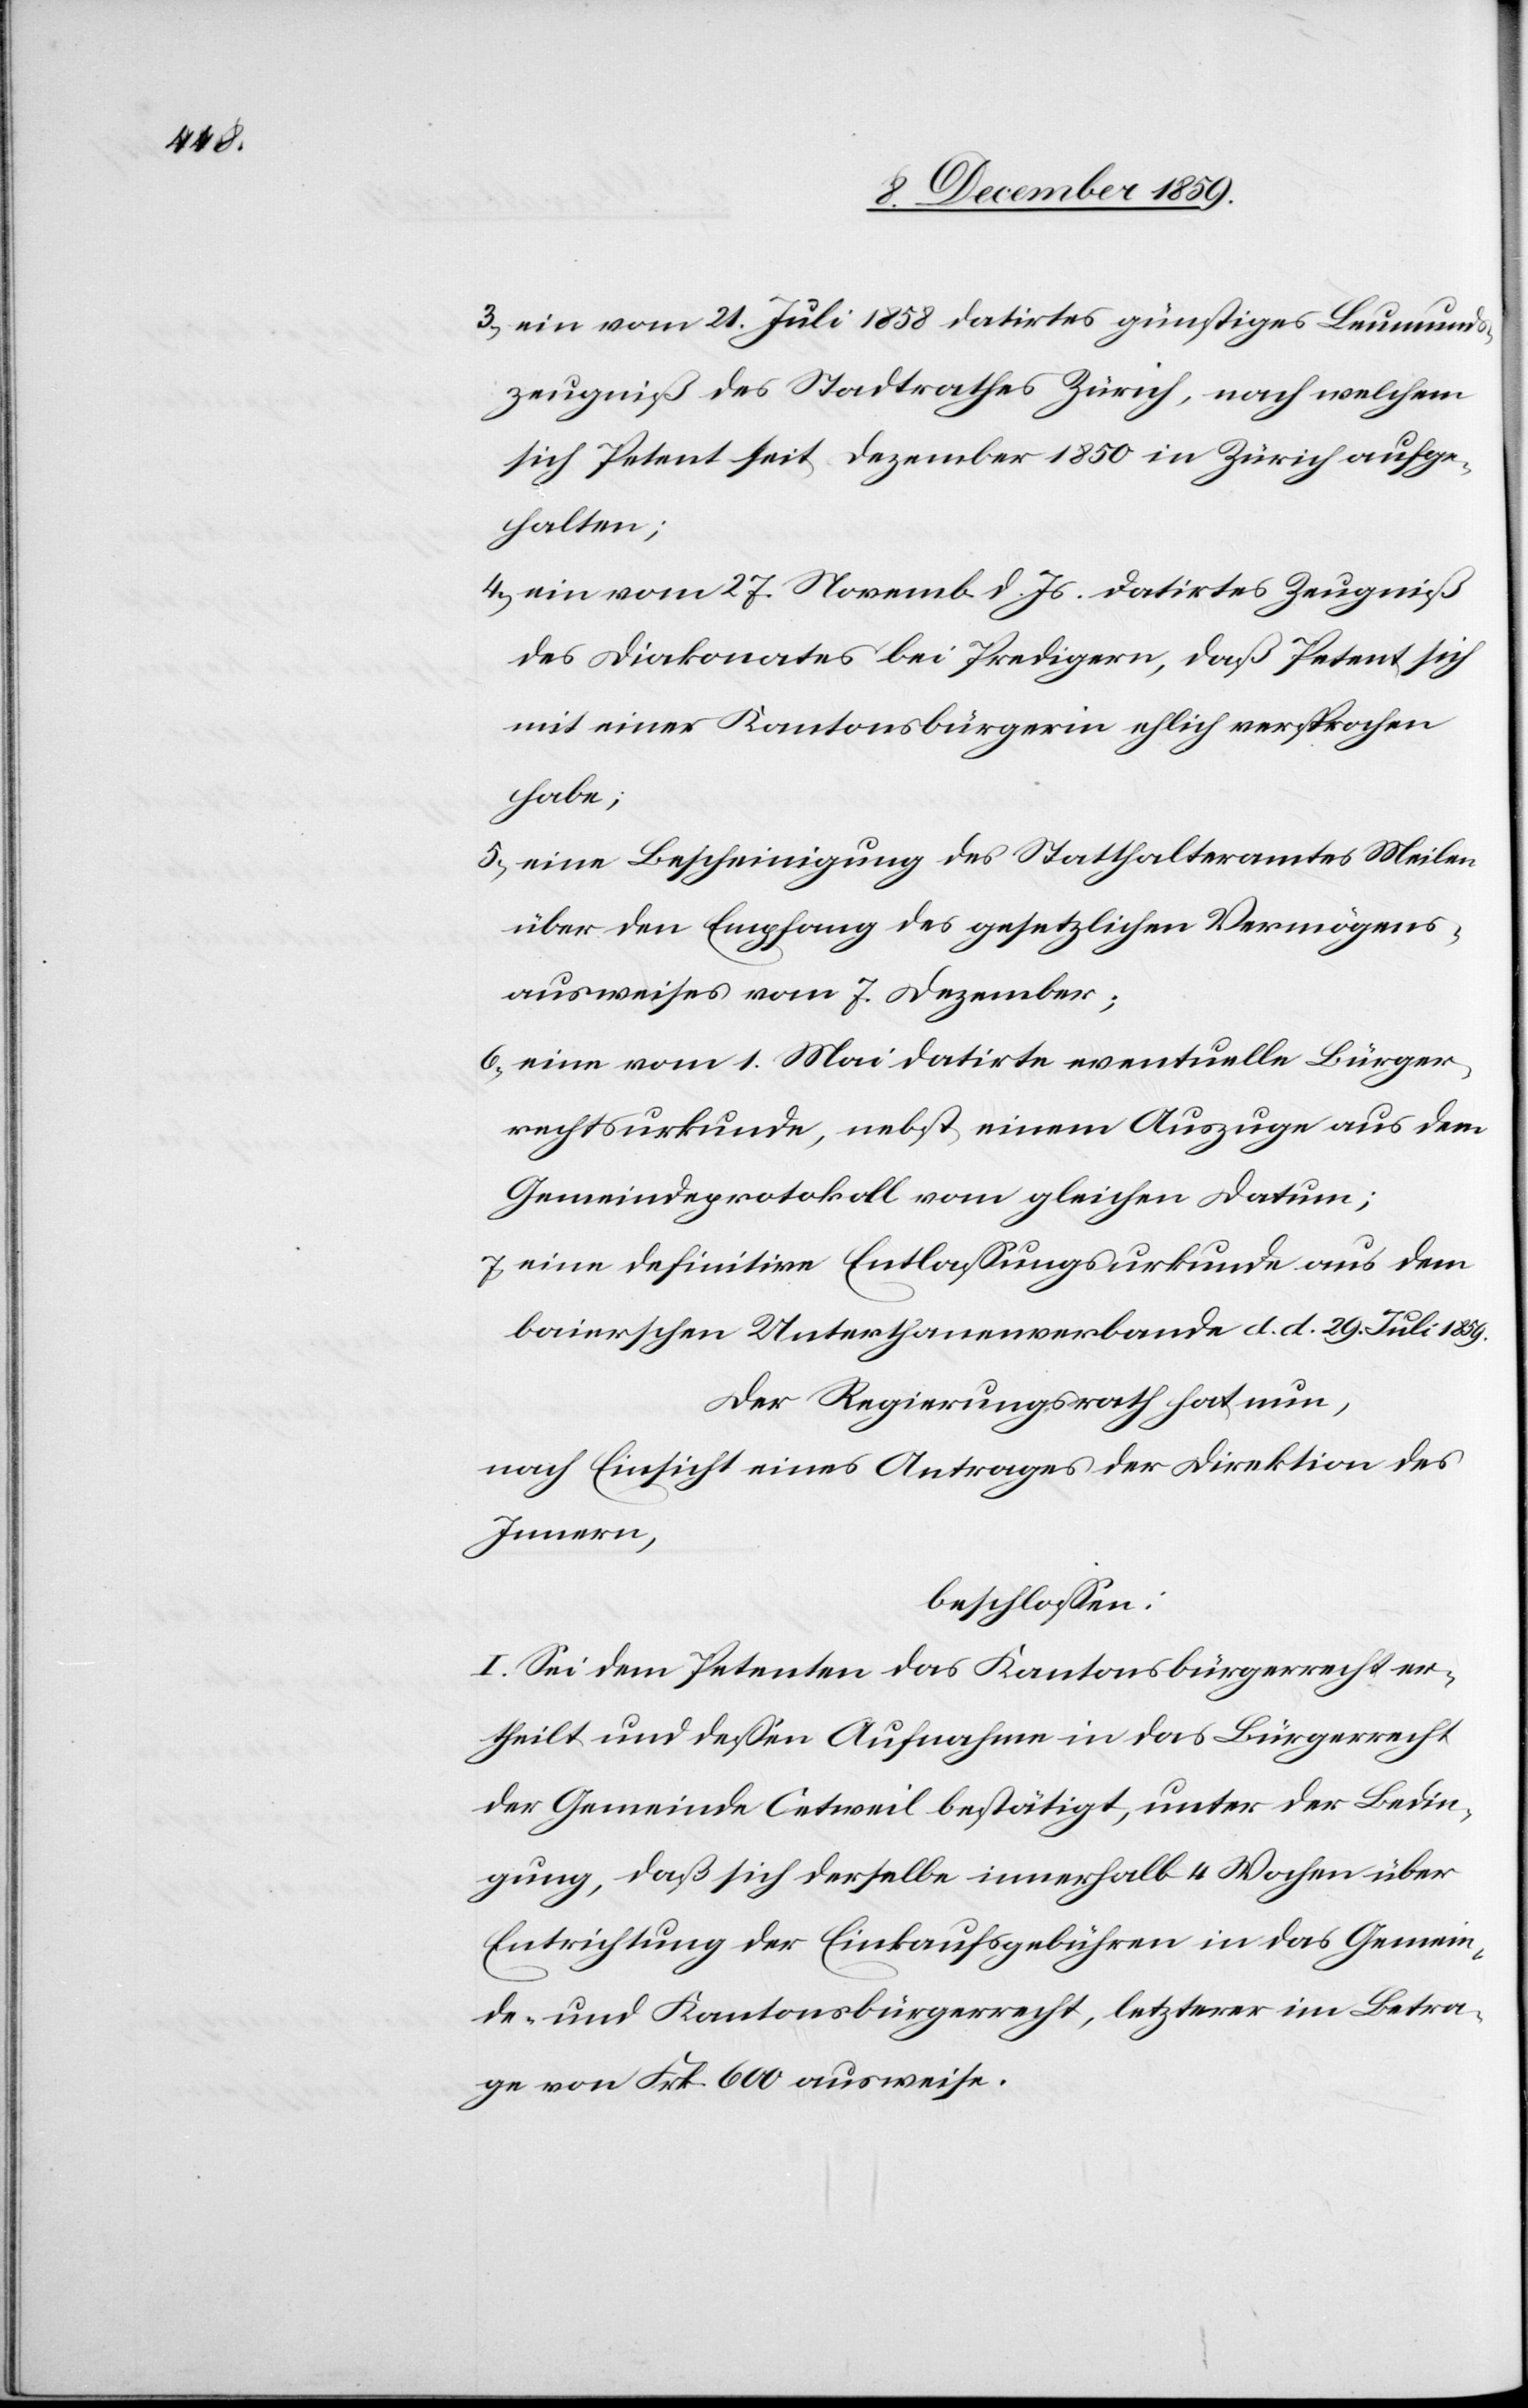
3) ein vom 21. Juli 1858 datirtes günstiges Leumunds¬
zeugniß des Stadtrathes Zürich, nach welchem
sich Petent seit Dezember 1850 in Zürich aufge¬
halten;
4) ein vom 27. Novemb. v. Js. datirtes Zeugniß
des Diakonates bei Predigern, daß Petent sich
mit einer Kantonsbürgerin ehlich versprochen
habe;
5) eine Bescheinigung des Statthalteramtes Meilen
über den Empfang des gesetzlichen Vermögens¬
ausweises vom 7. Dezember;
6) eine vom 1. Mai datirte eventuelle Bürger¬
rechtsurkunde, nebst einem Auszuge aus dem
Gemeindeprotokoll vom gleichen Datum;
7) eine definitive Entlassungsurkunde aus dem
baierschen Unterthanenverbande d. d. 29. Juli 1859.
Der Regierungsrath hat nun,
nach Einsicht eines Antrages der Direktion des
Innern,
beschlossen:
I. Sei dem Petenten das Kantonsbürgerrecht er¬
theilt und dessen Aufnahme in das Bürgerrecht
der Gemeinde Oetweil bestätigt, unter der Bedin¬
gung, daß sich derselbe innerhalb 4 Wochen über
Entrichtung der Einkaufsgebühren in das Gemein¬
de- und Kantonsbürgerrecht, letzterer im Betra¬
g von Frk. 600 ausweise.